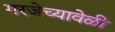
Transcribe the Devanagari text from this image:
गरजेच्यावेळी